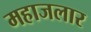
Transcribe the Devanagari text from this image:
महाजलार